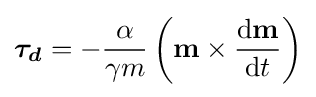
{\boldsymbol {\tau _{d}}}=-{\frac {\alpha }{\gamma m}}\left(\mathbf {m} \times {\frac {\mathrm {d} \mathbf {m} }{\mathrm {d} t}}\right)